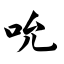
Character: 吮